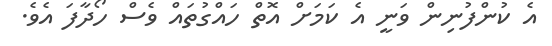
އެ ކުންފުނިން ވަނީ އެ ކަމަށް އޮތް ހައްގުތައް ވެސް ހޯދާފަ އެވެ.